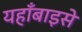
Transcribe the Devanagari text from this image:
यहाँबाइसे